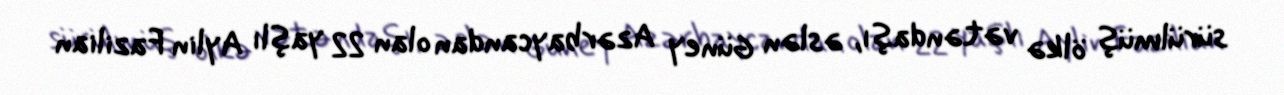
sürülmüş ölkə vətəndaşı, əslən Güney Azərbaycandan olan 22 yaşlı Aylin Fazilian